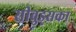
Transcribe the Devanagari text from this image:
सीवुड्सका